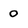
Character: 0